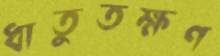
ধাতুতক্ষণ